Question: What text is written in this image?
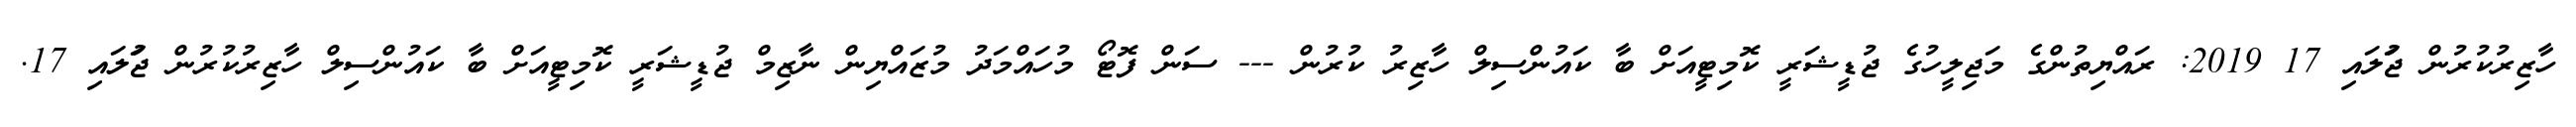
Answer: ހާޒިރުކުރުން ޖުަލައި 17 2019: ރައްޔިތުންގެ މަޖިލީހުގެ ޖުޑީޝަރީ ކޮމިޓީއަށް ބާ ކައުންސިލް ހާޒިރު ކުރުން --- ސަން ފޮޓޯ މުހައްމަދު މުޒައްޔިން ނާޒިމް ޖުޑީޝަރީ ކޮމިޓީއަށް ބާ ކައުންސިލް ހާޒިރުކުރުން ޖުަލައި 17.